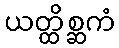
ယတ္ထိစ္ဆကံ